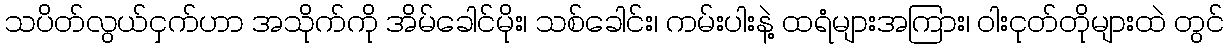
သပိတ်လွယ်ငှက်ဟာ အသိုက်ကို အိမ်ခေါင်မိုး၊ သစ်ခေါင်း၊ ကမ်းပါးနဲ့ ထရံများအကြား၊ ဝါးငုတ်တိုများထဲ တွင်